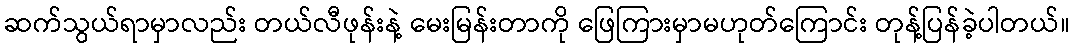
ဆက်သွယ်ရာမှာလည်း တယ်လီဖုန်းနဲ့ မေးမြန်းတာကို ဖြေကြားမှာမဟုတ်ကြောင်း တုန့်ပြန်ခဲ့ပါတယ်။